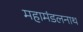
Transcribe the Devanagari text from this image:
महामंडलनाथ